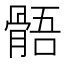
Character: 𩩑